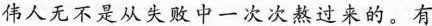
伟人无不是从失败中一次次熬过来的。有